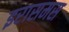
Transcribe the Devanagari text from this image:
इरासमस